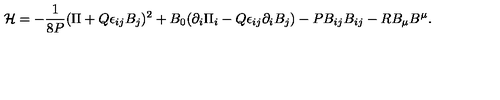
{ \cal H } = - { \frac { 1 } { 8 P } } ( \Pi + Q \epsilon _ { i j } B _ { j } ) ^ { 2 } + B _ { 0 } ( \partial _ { i } \Pi _ { i } - Q \epsilon _ { i j } \partial _ { i } B _ { j } ) - P B _ { i j } B _ { i j } - R B _ { \mu } B ^ { \mu } .